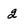
Character: 2